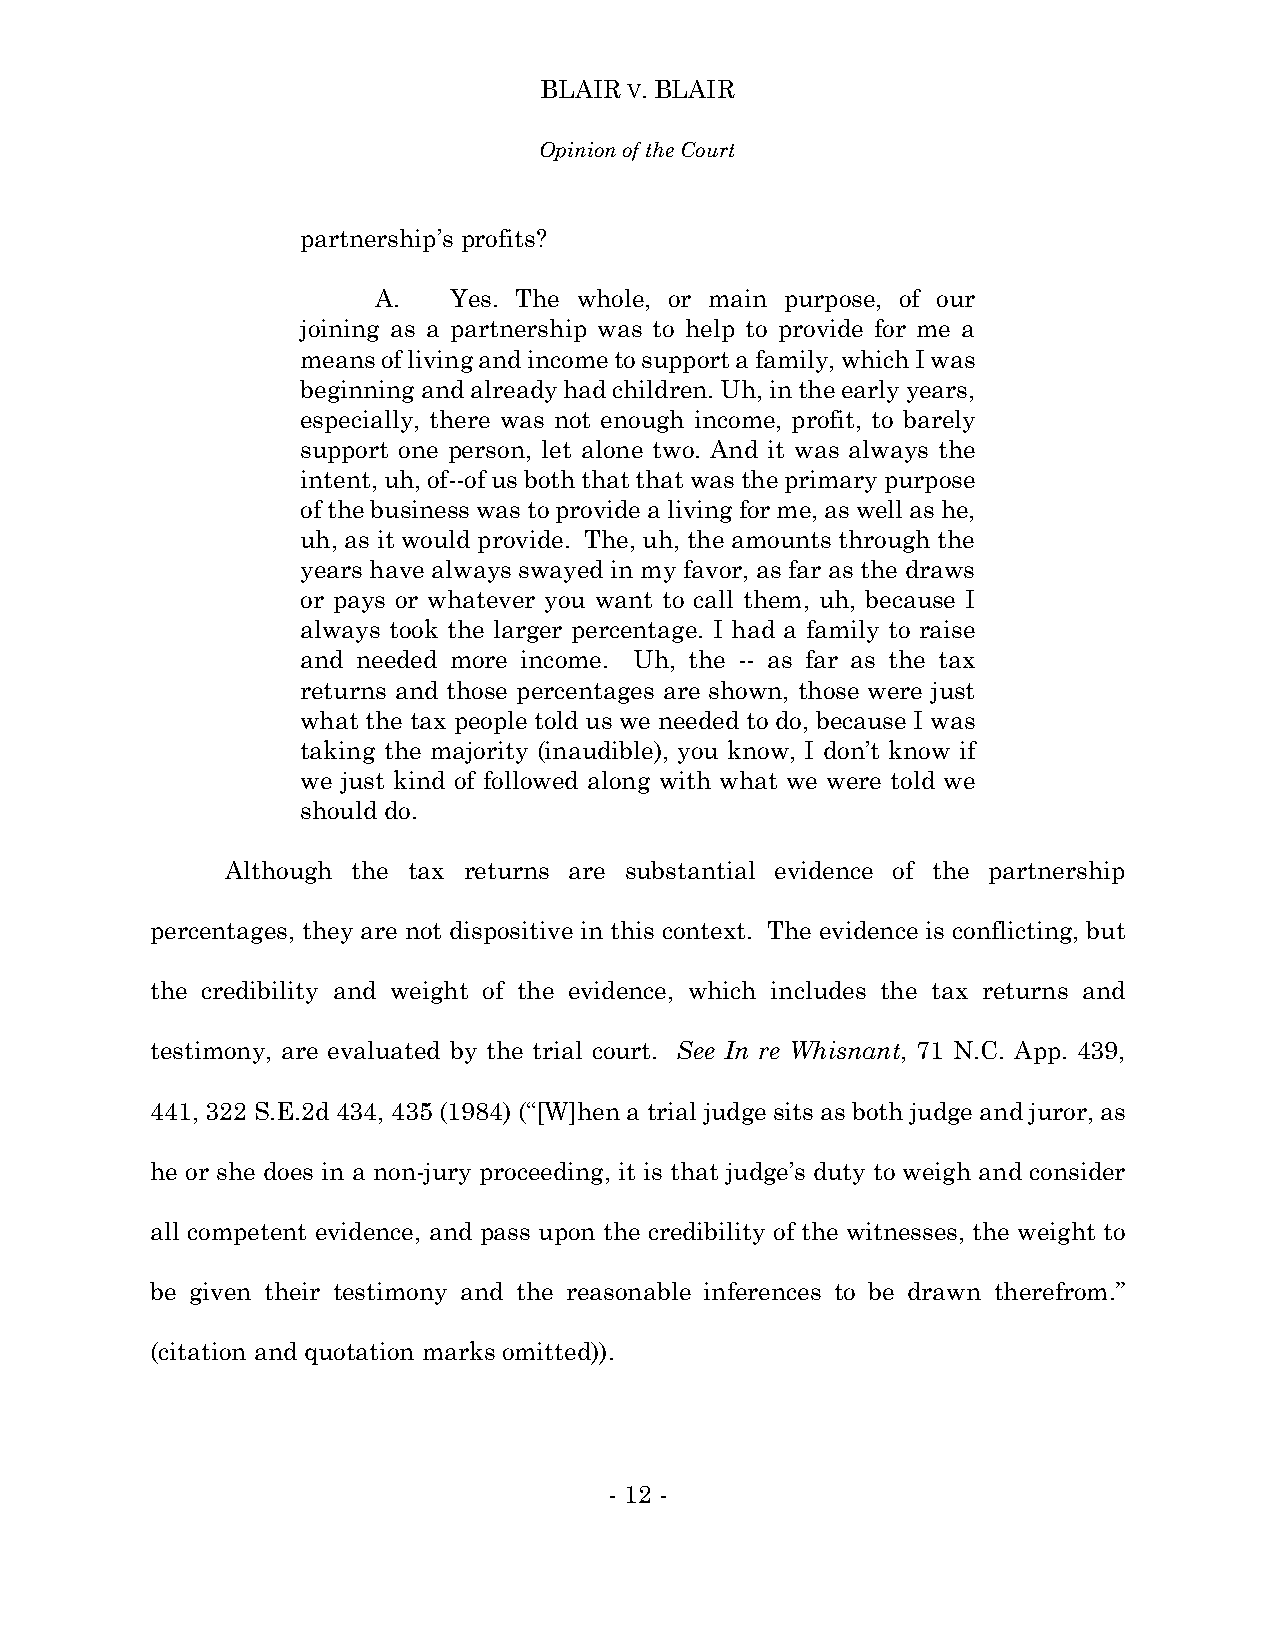
BLAIR V. BLAIR
 Opinion of the Court
 partnership’s profits?
 A.   Yes. The whole, or main purpose, of our
 joining as a partnership was to help to provide for me a
 means of living and income to support a family, which I was
 beginning and already had children. Uh, in the early years,
 especially, there was not enough income, profit, to barely
 support one person, let alone two. And it was always the
 intent, uh, of--of us both that that was the primary purpose
 of the business was to provide a living for me, as well as he,
 uh, as it would provide. The, uh, the amounts through the
 years have always swayed in my favor, as far as the draws
 or pays or whatever you want to call them, uh, because I
 always took the larger percentage. I had a family to raise
 and needed more income. Uh, the -- as far as the tax
 returns and those percentages are shown, those were just
 what the tax people told us we needed to do, because I was
 taking the majority (inaudible), you know, I don’t know if
 we just kind of followed along with what we were told we
 should do.
 Although the tax returns are substantial evidence of the partnership
 percentages, they are not dispositive in this context. The evidence is conflicting, but
 the credibility and weight of the evidence, which includes the tax returns and
 testimony, are evaluated by the trial court. See In re Whisnant, 71 N.C. App. 439,
 441, 322 S.E.2d 434, 435 (1984) (“[W]hen a trial judge sits as both judge and juror, as
 he or she does in a non-jury proceeding, it is that judge’s duty to weigh and consider
 all competent evidence, and pass upon the credibility of the witnesses, the weight to
 be given their testimony and the reasonable inferences to be drawn therefrom.”
 (citation and quotation marks omitted)).
 - 12 -